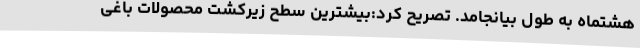
هشتماه به طول بیانجامد. تصریح کرد:بیشترین سطح زیرکشت محصولات باغی